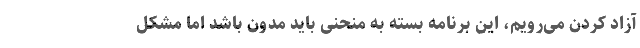
آزاد کردن می‌رویم، این برنامه بسته به منحنی باید مدون باشد اما مشکل